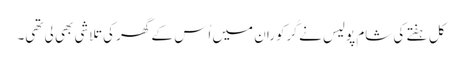
کل ہفتے کی شام پولیس نے کُرکوران میں اُس کے گھر کی تلاشی بھی لی تھی۔